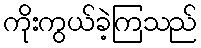
ကိုးကွယ်ခဲ့ကြသည်